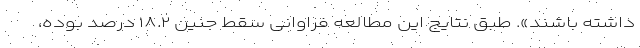
داشته باشند». طبق نتایج این مطالعه فراوانی سقط جنین ۱۸.۲ درصد بوده،